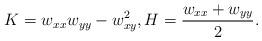
LaTeX: \begin{align*}K=w_{xx}w_{yy}-w_{xy}^{2},H=\frac{w_{xx}+w_{yy}}{2}. \end{align*}